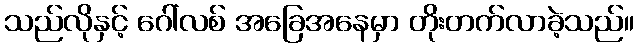
သည်လိုနှင့် ဂေါ်လစ် အခြေအနေမှာ တိုးတက်လာခဲ့သည်။